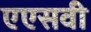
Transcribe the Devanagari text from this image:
एएसवी